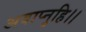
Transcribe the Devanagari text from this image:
अवाप्नुहि।।